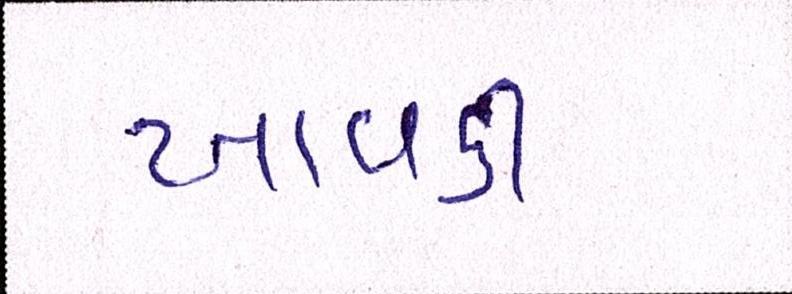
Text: ખાવડી